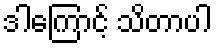
ဒါကြောင့် သိတာပါ